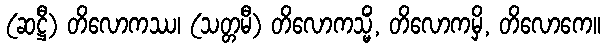
(ဆဋ္ဌီ) တိလောကဿ၊ (သတ္တမီ) တိလောကသ္မိံ, တိလောကမှိ, တိလောကေ။